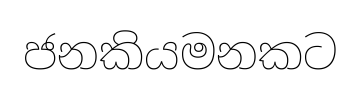
ජනකියමනකට